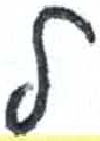
אות: ל